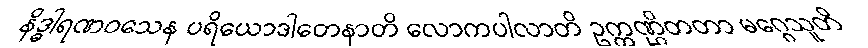
နိဒ္ဓါရဏဝသေန ပရိယောဒါတေနာတိ လောကပါလာတိ ဥက္ကဏ္ဌိတတာ မဂ္ဂေသူတိ